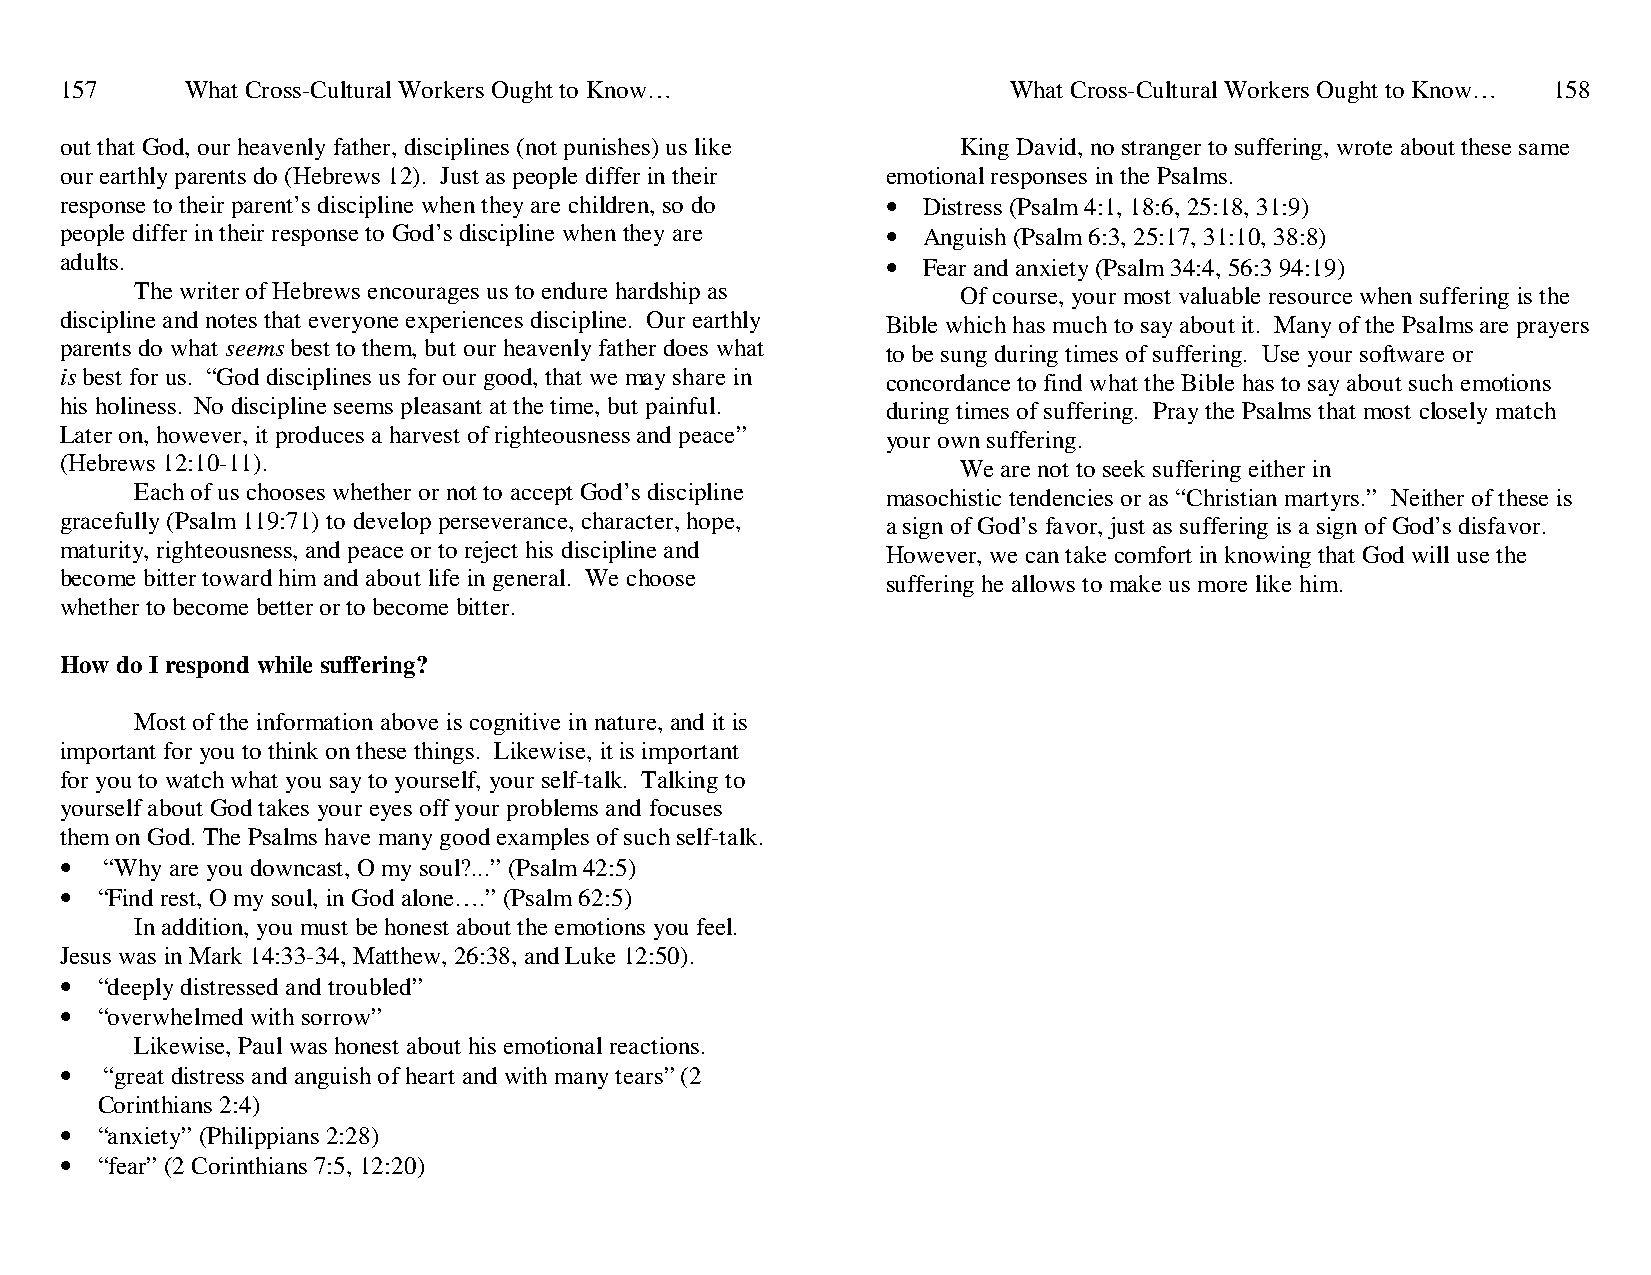
157     What Cross-Cultural Workers Ought to Know…             What Cross-Cultural Workers Ought to Know… 158
 out that God, our heavenly father, disciplines (not punishes) us like King David, no stranger to suffering, wrote about these same
 our earthly parents do (Hebrews 12). Just as people differ in their emotional responses in the Psalms.
 response to their parent’s discipline when they are children, so do • Distress (Psalm 4:1, 18:6, 25:18, 31:9)
 people differ in their response to God’s discipline when they are • Anguish (Psalm 6:3, 25:17, 31:10, 38:8)
 adults.                                                • Fear and anxiety (Psalm 34:4, 56:3 94:19)
 The writer of Hebrews encourages us to endure hardship as Of course, your most valuable resource when suffering is the
 discipline and notes that everyone experiences discipline. Our earthly Bible which has much to say about it. Many of the Psalms are prayers
 parents do what seems best to them, but our heavenly father does what to be sung during times of suffering. Use your software or
 is best for us. “God disciplines us for our good, that we may share in concordance to find what the Bible has to say about such emotions
 his holiness. No discipline seems pleasant at the time, but painful. during times of suffering. Pray the Psalms that most closely match
 Later on, however, it produces a harvest of righteousness and peace” your own suffering.
 (Hebrews 12:10-11).                                         We are not to seek suffering either in
 Each of us chooses whether or not to accept God’s discipline masochistic tendencies or as “Christian martyrs.” Neither of these is
 gracefully (Psalm 119:71) to develop perseverance, character, hope, a sign of God’s favor, just as suffering is a sign of God’s disfavor.
 maturity, righteousness, and peace or to reject his discipline and However, we can take comfort in knowing that God will use the
 become bitter toward him and about life in general. We choose suffering he allows to make us more like him.
 whether to become better or to become bitter.
 How do I respond while suffering?
 Most of the information above is cognitive in nature, and it is
 important for you to think on these things. Likewise, it is important
 for you to watch what you say to yourself, your self-talk. Talking to
 yourself about God takes your eyes off your problems and focuses
 them on God. The Psalms have many good examples of such self-talk.
 •  “Why are you downcast, O my soul?...” (Psalm 42:5)
 • “Find rest, O my soul, in God alone….” (Psalm 62:5)
 In addition, you must be honest about the emotions you feel.
 Jesus was in Mark 14:33-34, Matthew, 26:38, and Luke 12:50).
 • “deeply distressed and troubled”
 • “overwhelmed with sorrow”
 Likewise, Paul was honest about his emotional reactions.
 •  “great distress and anguish of heart and with many tears” (2
 Corinthians 2:4)
 • “anxiety” (Philippians 2:28)
 • “fear” (2 Corinthians 7:5, 12:20)